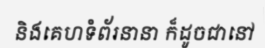
និងគេហទំព័រនានា ក៏ដូចជានៅ